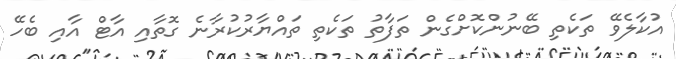
އުކާލެވޭ ތަކެތި ބޭނުންކޮށްގެން ތަފާތު ތަކެތި ތައްޔާރުކުރާނެ ގޮތާއި އާޓް އާއި ބެހޭ